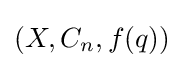
(X,C_{n},f(q))